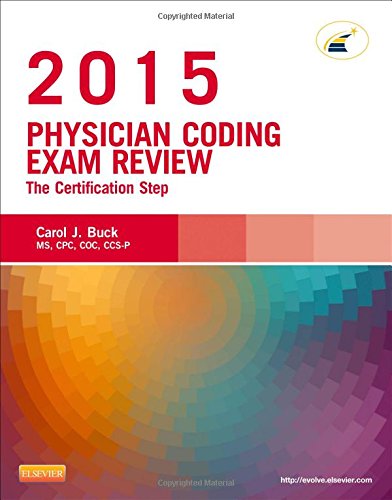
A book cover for Physician Coding Exam Review 2015: The Certification Step, 1e; Carol J. Buck MS  CPC  CCS-P; Medical Books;